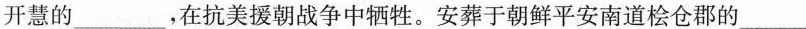
开慧的______，在抗美援朝战争中牺牲。安葬于朝鲜平安南道桧仓郡的_